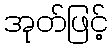
အုတ်ဖြင့်